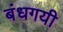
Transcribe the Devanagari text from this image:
बंधगयी